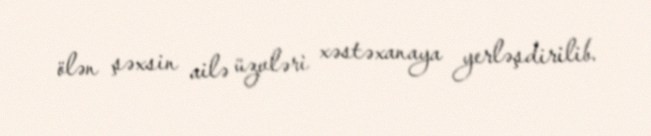
ölən şəxsin ailə üzvləri xəstəxanaya yerləşdirilib.